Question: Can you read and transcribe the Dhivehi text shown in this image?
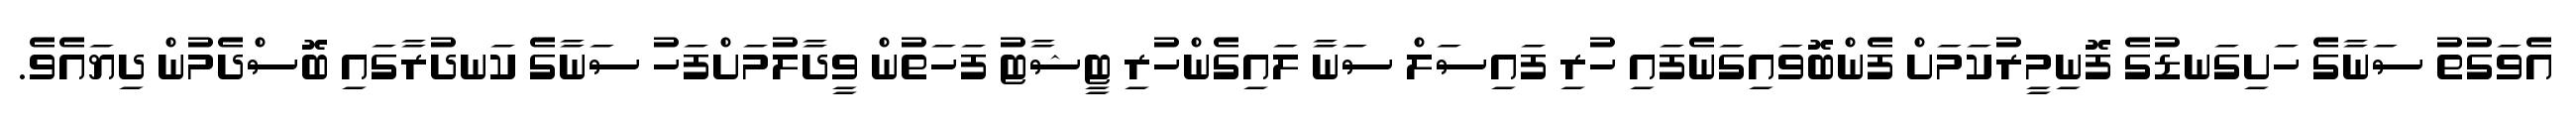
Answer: އެވަގުތު ސަނާގެ ހަށިގަނޑުގެ ފޮނިމީރުކަމަށް ފެންބޮވައިގަނެފައި ހުރި ފައިސަލް ސަނާ ލައިގެންހުރި ޓީޝާޓު ފަހަތުން ވީދާލުމަށްފަހު ސަނާގެ ކަނދުރާގައި ބޮސްދެމުން ދިޔައެވެ.